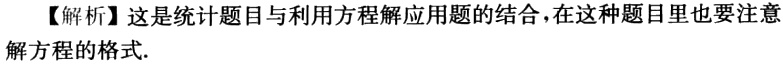
【解析】这是统计题目与利用方程解应用题的结合，在这种题目里也要注意解方程的格式.